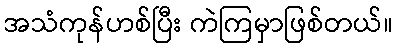
အသံကုန်ဟစ်ပြီး ကဲကြမှာဖြစ်တယ်။